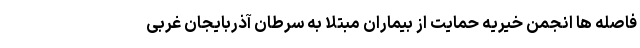
فاصله ها انجمن خیریه حمایت از بیماران مبتلا به سرطان آذربایجان غربی